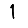
Digit: 1